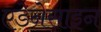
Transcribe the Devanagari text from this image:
एडेनेसाइन